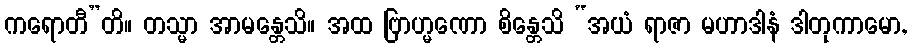
ကရောတီ”တိ။ တသ္မာ အာမန္တေသိ။ အထ ဗြာဟ္မဏော စိန္တေသိ “အယံ ရာဇာ မဟာဒါနံ ဒါတုကာမော,